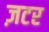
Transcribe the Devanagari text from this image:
ज़टर